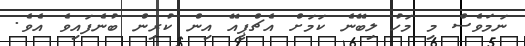
ނަމަވެސް މި މަހު ލިބޭނެ ކަމަށް އެޗްޕީއޭ އިން ކުރިން ބުނެފައިވެ އެވެ.